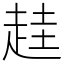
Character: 䞨